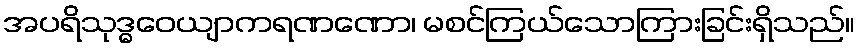
အပရိသုဒ္ဓဝေယျာကရဏဏော၊ မစင်ကြယ်သောကြားခြင်းရှိသည်။